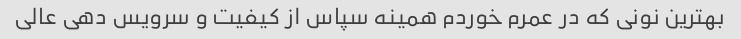
بهترین نونى که در عمرم خوردم همینه سپاس از کیفیت و سرویس دهى عالى